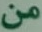
من